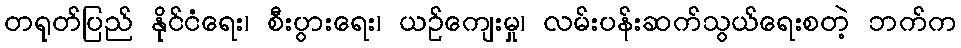
တရုတ်ပြည် နိုင်ငံရေး၊ စီးပွားရေး၊ ယဉ်ကျေးမှု၊ လမ်းပန်းဆက်သွယ်ရေးစတဲ့ ဘက်က